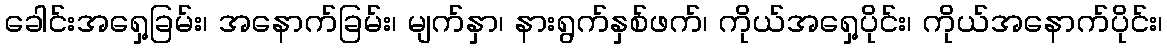
ခေါင်းအရှေ့ခြမ်း၊ အနောက်ခြမ်း၊ မျက်နှာ၊ နားရွက်နှစ်ဖက်၊ ကိုယ်အရှေ့ပိုင်း၊ ကိုယ်အနောက်ပိုင်း၊